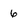
Character: 6